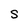
Character: S